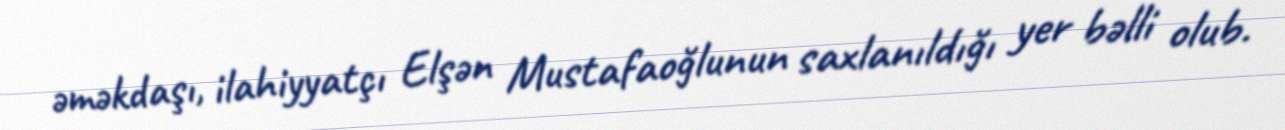
əməkdaşı, ilahiyyatçı Elşən Mustafaoğlunun saxlanıldığı yer bəlli olub.